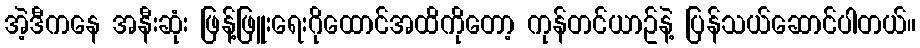
အဲ့ဒီကနေ အနီးဆုံး ဖြန့်ဖြူးရေးဂိုထောင်အထိကိုတော့ ကုန်တင်ယာဥ်နဲ့ ပြန်သယ်ဆောင်ပါတယ်။